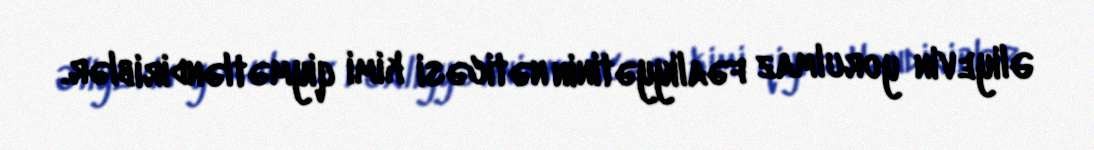
Əliyevin yorulmaz fəaliyyətinin nəticəsi kimi qiymətləndiriblər.